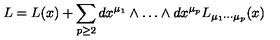
L = L ( x ) + \sum _ { p \ge 2 } d x ^ { \mu _ { 1 } } \wedge \ldots \wedge d x ^ { \mu _ { p } } L _ { \mu _ { 1 } \cdots \mu _ { p } } ( x )